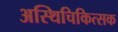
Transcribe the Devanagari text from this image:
अस्थिचिकित्सक